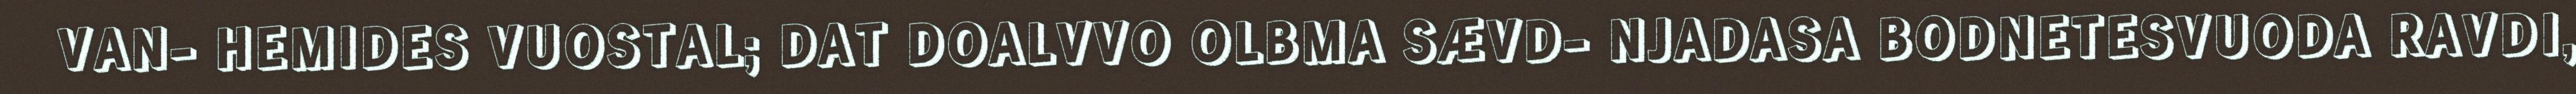
VAN- HEMIDES VUOSTAL; DAT DOALVVO OLBMA SÆVD- NJADASA BODNETESVUODA RAVDI,